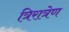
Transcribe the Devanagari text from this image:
त्रिरात्रेण